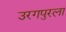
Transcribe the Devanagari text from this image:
उरगपुरला